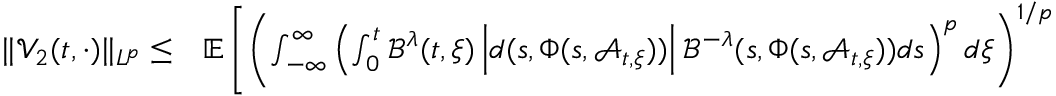
\begin{array} { r l } { \| \mathcal { V } _ { 2 } ( t , \cdot ) \| _ { L ^ { p } } \leq } & { { } \mathbb { E } \left[ \left( \int _ { - \infty } ^ { \infty } \left( \int _ { 0 } ^ { t } \mathcal { B } ^ { \lambda } ( t , \xi ) \left| d ( s , \Phi ( s , \mathcal { A } _ { t , \xi } ) ) \right| \mathcal { B } ^ { - \lambda } ( s , \Phi ( s , \mathcal { A } _ { t , \xi } ) ) d s \right) ^ { p } d \xi \right) ^ { 1 / p } \right] } \end{array}